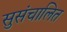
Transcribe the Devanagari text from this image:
सुसंचालित